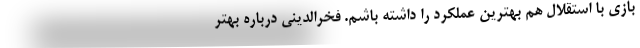
بازی با استقلال هم بهترین عملکرد را داشته باشم. فخرالدینی درباره بهتر